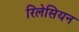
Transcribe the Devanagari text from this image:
रिलेसियन